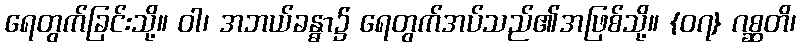
ရေတွက်ခြင်းသို့။ ဝါ၊ အဘယ်ခန္ဓာ၌ ရေတွက်အပ်သည်၏အဖြစ်သို့။ {၀၇} ဂစ္ဆတိ၊